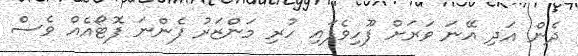
ދެން އަދި އޭނަ ވަރަށް ފޫހިވެފައި ހުރި މަންޒަރު ފެންނަ ފޮޓޯއެއް ވެސް